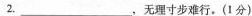
2.___，无理寸步难行。(1分)